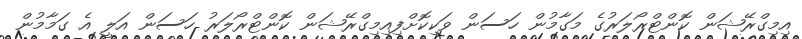
އިމިގްރޭޝަން ކޮންޓްރޯލަރުގެ މަގާމުން ހަސަން ވަކިކޮށްފިއިމިގްރޭޝަން ކޮންޓްރޯލަރު ހަސަން އަލީ އެ ގަމާމުން